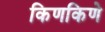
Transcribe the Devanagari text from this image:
किणकिणे